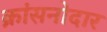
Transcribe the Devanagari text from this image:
क्रांसनोदार